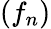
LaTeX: (f_{n})